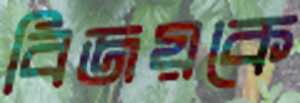
বিজয়কে